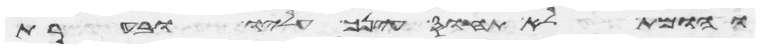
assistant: והומת לא תחוס עינך עליו ובערת